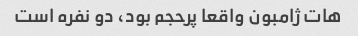
هات ژامبون واقعا پرحجم بود، دو نفره است